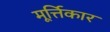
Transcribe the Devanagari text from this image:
मूर्त्तिकार